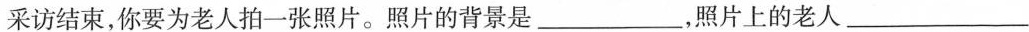
采访结束，你要为老人拍一张照片。照片的背景是___，照片上的老人___